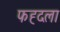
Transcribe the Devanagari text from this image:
फह्दला